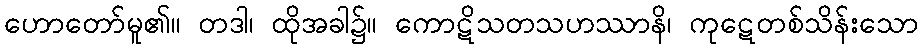
ဟောတော်မူ၏။ တဒါ၊ ထိုအခါ၌။ ကောဋိသတသဟဿာနိ၊ ကုဋေတစ်သိန်းသော